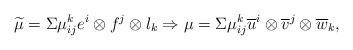
LaTeX: \begin{align*}\widetilde{\mu}= \Sigma\mu_{ij}^k e^i\otimes f^j\otimes l_k\Rightarrow\mu=\Sigma \mu_{ij}^k \overline{u}^i\otimes \overline{v}^j\otimes \overline{w}_k,\end{align*}